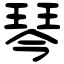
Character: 琴